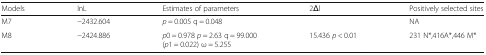
<table><thead><tr><td><b>Models</b></td><td><b>InL</b></td><td><b>Estimates of parameters</b></td><td><b>2Δl</b></td><td><b>Positively selected sites</b></td></tr></thead><tbody><tr><td>M7</td><td>−2432.604</td><td><i>p</i> = 0.005 q = 0.048</td><td></td><td>NA</td></tr><tr><td>M8</td><td>−2424.886</td><td><i>p</i>0 = 0.978 <i>p</i> = 2.63 q = 99.000(<i>p</i>1 = 0.022) ω = 5.255</td><td>15.436 <i>p</i> &lt; 0.01</td><td>231 N*,416A*,446 M*</td></tr></tbody></table>